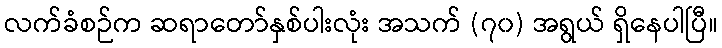
လက်ခံစဉ်က ဆရာတော်နှစ်ပါးလုံး အသက် (၇၀) အရွယ် ရှိနေပါပြီ။